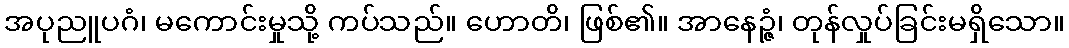
အပုညူပဂံ၊ မကောင်းမှုသို့ ကပ်သည်။ ဟောတိ၊ ဖြစ်၏။ အာနေဉ္ဇံ၊ တုန်လှုပ်ခြင်းမရှိသော။